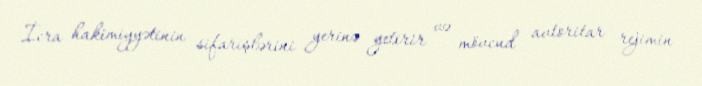
İcra hakimiyyətinin sifarişlərini yerinə yetirir və mövcud avtoritar rejimin